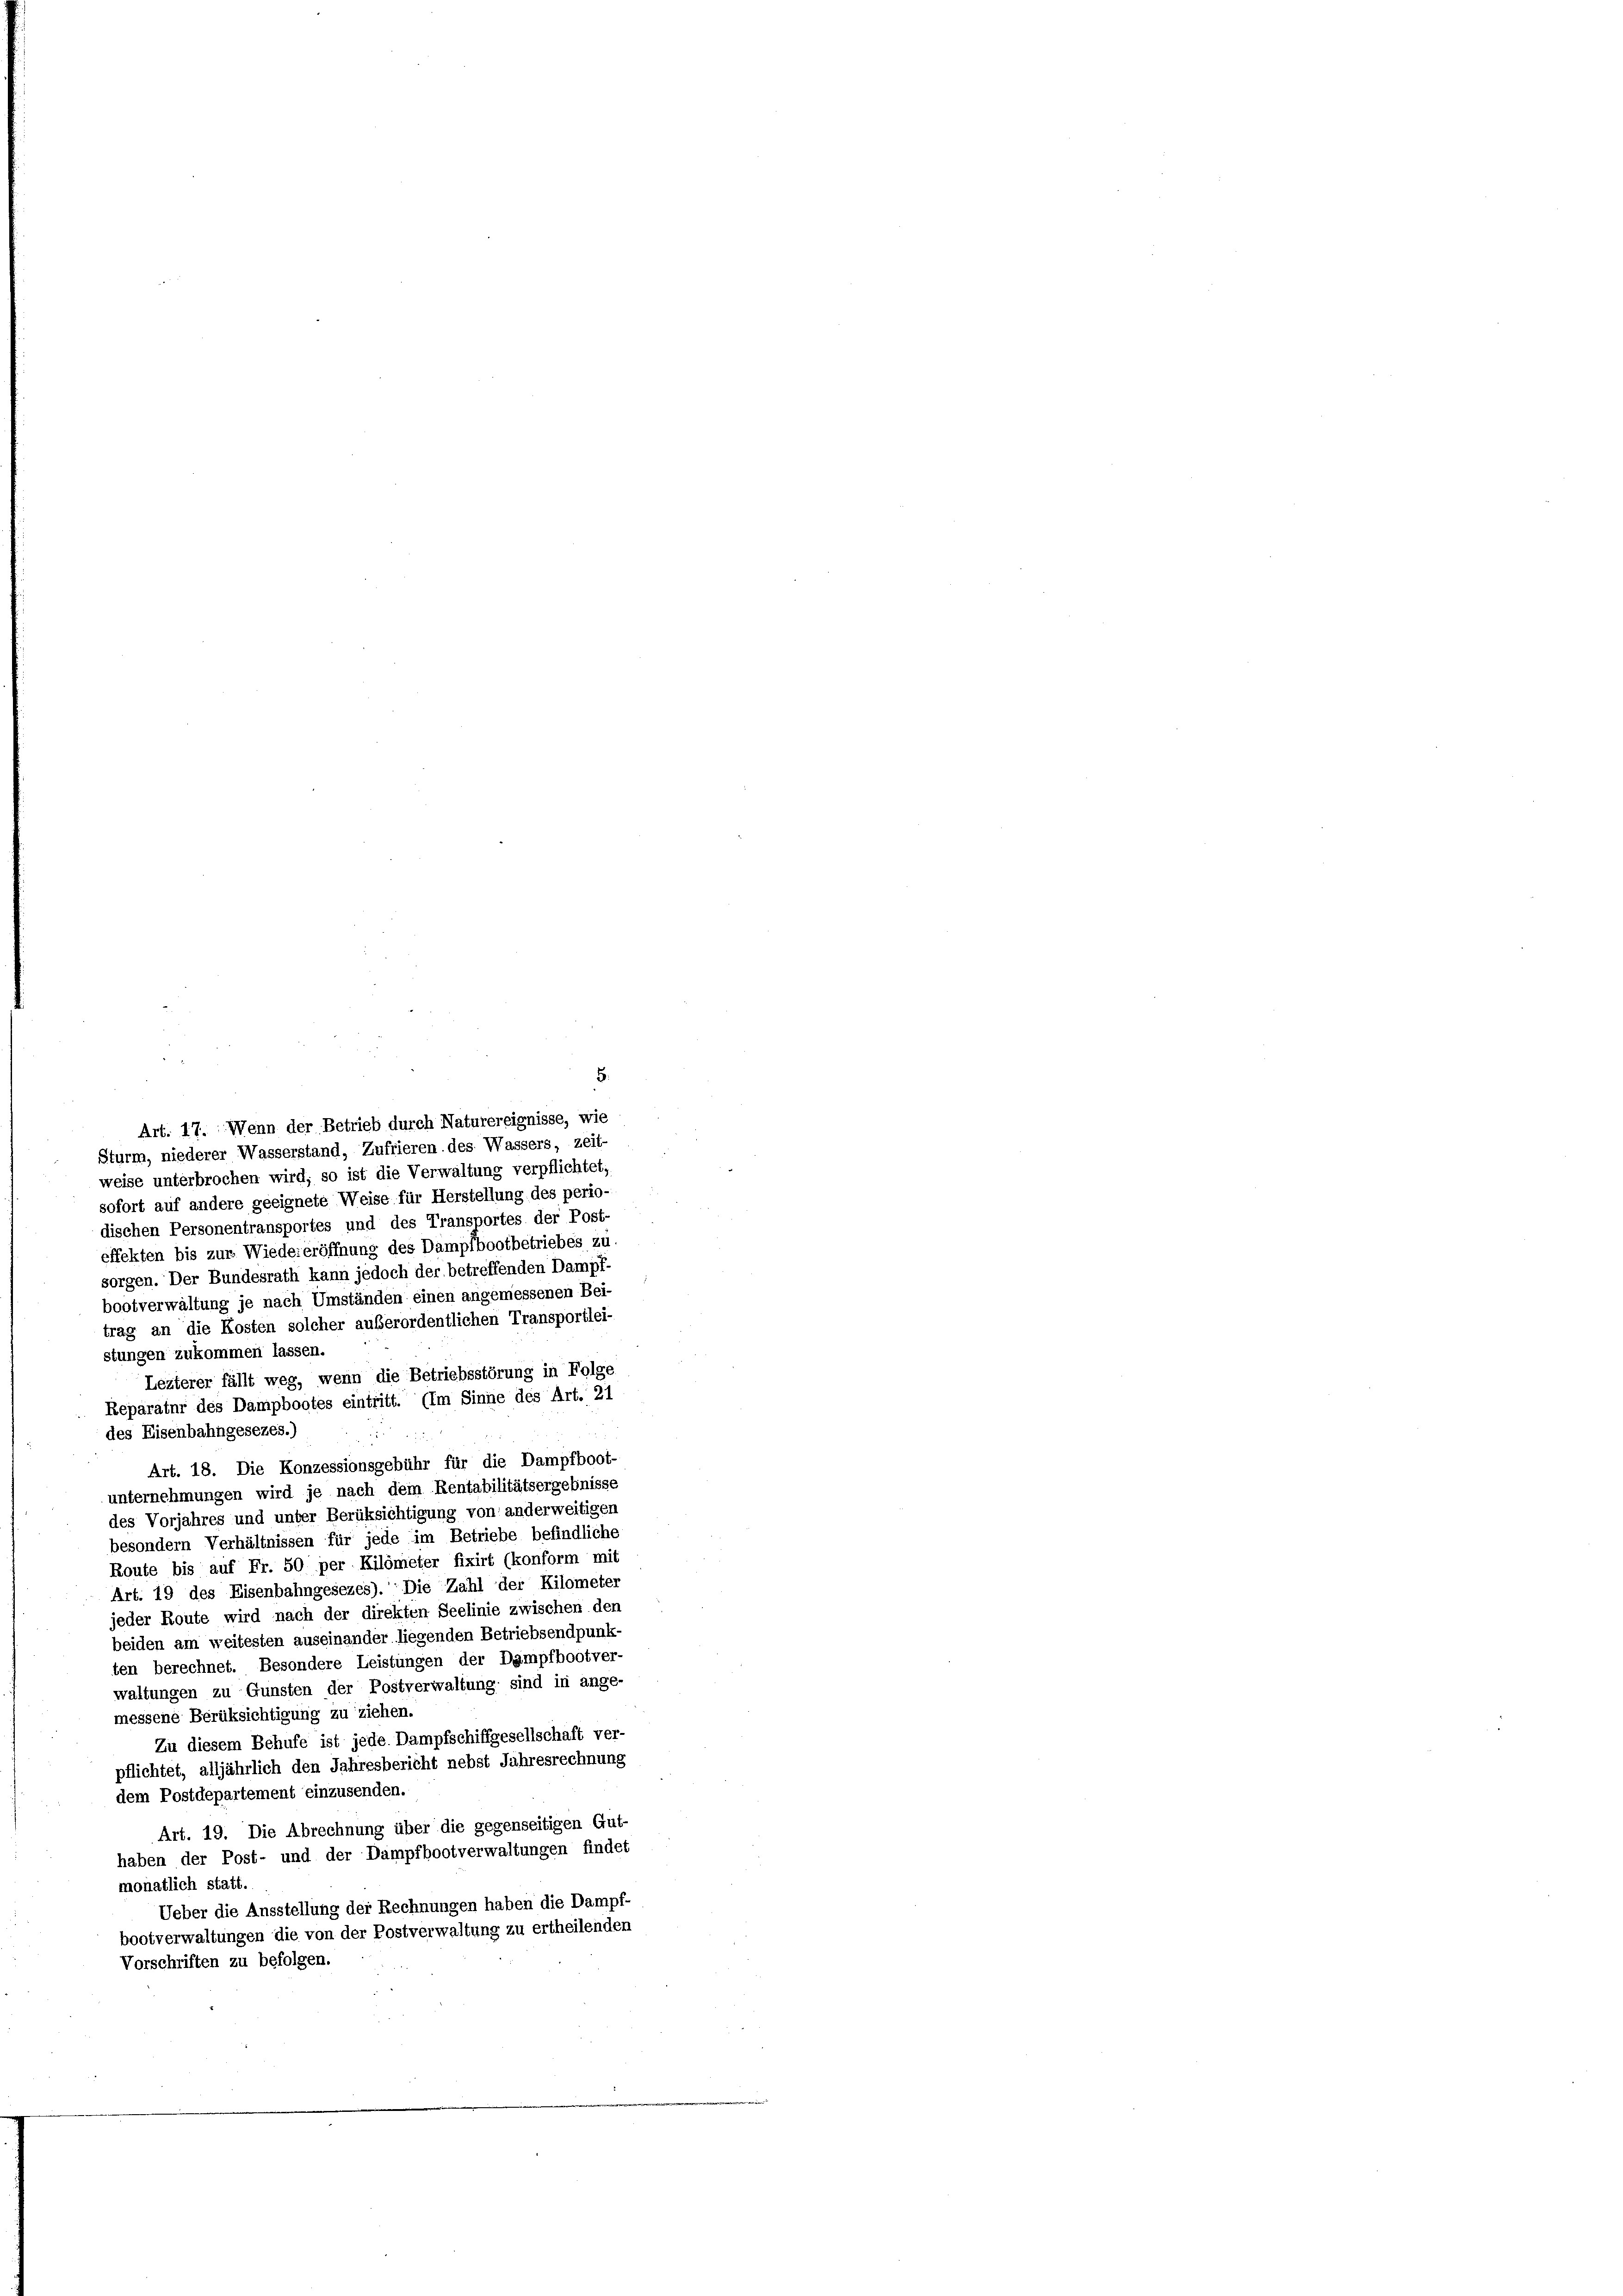
Art. 17. Wenn der Betrieb durch Naturereignisse, wie
Sturm, niederer Wasserstand, Zufrieren des Wassers, zeit-
weise unterbrochen wird; so ist die Verwaltung verpflichtet,
sofort auf andere geeignete Weise für Herstellung des perio-
dischen Personentransportes und des Transportes der Post-
effekten bis zur Wieder eröffnung des Dampfbootbetriebes zu.
sorgen. Der Bundesrath kann jedoch der betreffenden Dampf-
bootverwaltung je nach Umständen einen angemessenen Bei-
trag an die Kosten solcher außerordentlichen Transportlei-
stungen zukommen lassen.
Lezterer fällt weg, wenn die Betriebsstörung in Folge
Reparatur des Dampbootes eintritt. (Im Sinne des Art. 21
des Eisenbahngesezes.)

Art. 18. Die Konzessionsgebühr für die Dampfboot-
unternehmungen wird je nach dem Rentabilitätsergebnisse
des Vorjahres und unter Berüksichtigung von anderweitigen
besondern Verhältnissen für jede im Betriebe befindliche
Route bis auf Fr. 50 per Kilometer fixirt (konform mit
Art. 19 des Eisenbahngesezes). Die Zahl der Kilometer
jeder Route wird nach der direkten Seelinie zwischen den
beiden am weitesten auseinander liegenden Betriebsendpunk-
ten berechnet. Besondere Leistungen der Dampfbootver-
waltungen zu Gunsten der Postverwaltung sind in ange-
messene Berüksichtigung zu ziehen.
Zu diesem Behufe ist jede Dampfschiffgesellschaft ver-
pflichtet, alljährlich den Jahresbericht nebst Jahresrechnung
dem Postdepartement einzusenden.
Art. 19. Die Abrechnung über die gegenseitigen Gut-
haben der Post- und der Dampfbootverwaltungen findet
monatlich statt.
Ueber die Ausstellung der Rechnungen haben die Dampf-
bootverwaltungen die von der Postverwaltung zu ertheilenden
Vorschriften zu befolgen.

5.